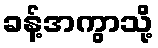
ခန့်အကွာသို့